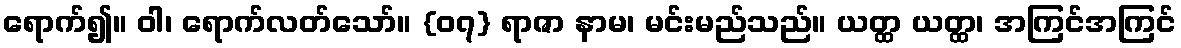
ရောက်၍။ ဝါ၊ ရောက်လတ်သော်။ {၀၇} ရာဇာ နာမ၊ မင်းမည်သည်။ ယတ္ထ ယတ္ထ၊ အကြင်အကြင်